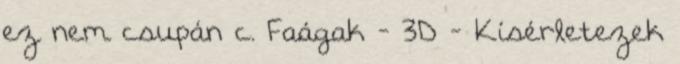
ez nem csupán c. Faágak - 3D - Kísérletezek